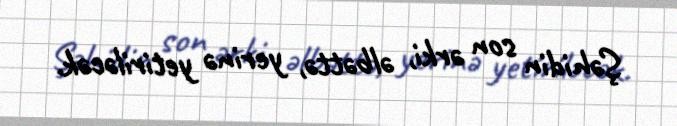
Şəhidin son ərki, əlbəttə, yerinə yetiriləcək.